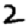
Digit: 2